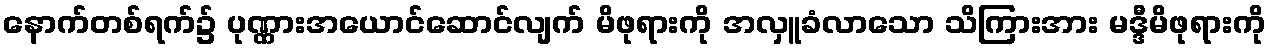
နောက်တစ်ရက်၌ ပုဏ္ဏားအယောင်ဆောင်လျက် မိဖုရားကို အလှူခံလာသော သိကြားအား မဒ္ဒီမိဖုရားကို